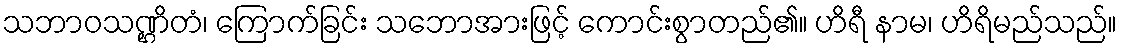
သဘာဝသဏ္ဌိတံ၊ ကြောက်ခြင်း သဘောအားဖြင့် ကောင်းစွာတည်၏။ ဟိရီ နာမ၊ ဟိရိမည်သည်။